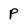
Character: p